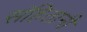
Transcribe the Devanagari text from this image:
संहितानी